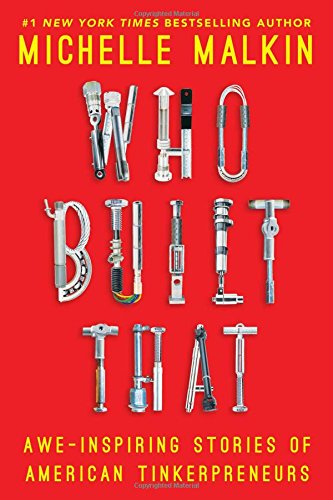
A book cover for Who Built That: Awe-Inspiring Stories of American Tinkerpreneurs; Michelle Malkin; Business & Money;